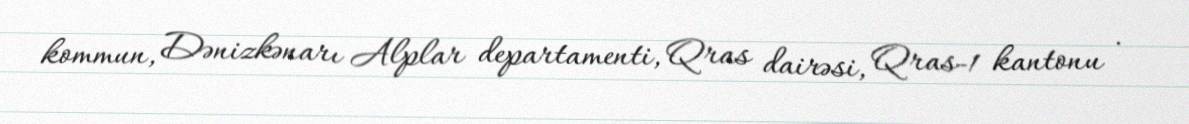
kommun, Dənizkənarı Alplar departamenti, Qras dairəsi, Qras-1 kantonu .